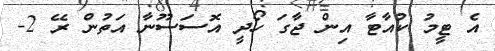
އެ ޓީމު ކުއާޓާ އިން ޖާގަ ހޯދީ އޮސަސޫނާ އަތުން ރޭ 2-